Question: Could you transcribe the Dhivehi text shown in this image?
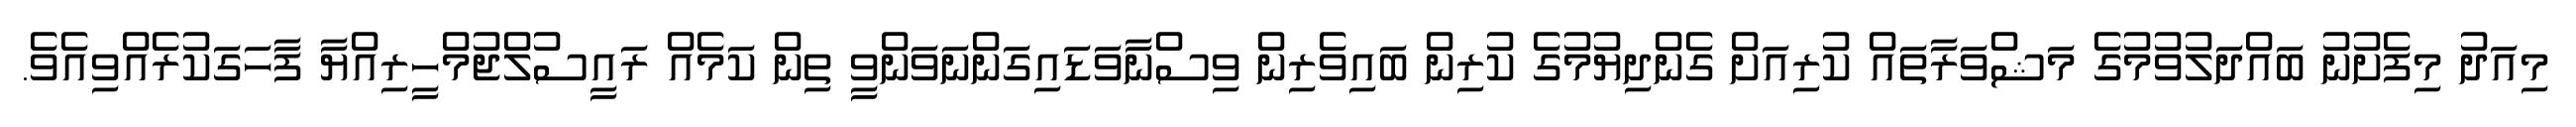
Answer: މިއަދު މިފެށުނު ބައްދަލުވުމުގެ މަޝްވަރާތައް ކުރިއަށް ގެންދިޔުމުގެ ކުރިން ބައިވެރިން ވިސްނާވަޑައިގަންނަވަންވީ ތިން ކަމެއް ރައީސުލްޖުމްހީރިއްޔާ ފާހަގަކުރެއްވިއެވެ.